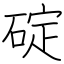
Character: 碇